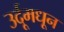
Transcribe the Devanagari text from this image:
उर्दूमधून